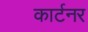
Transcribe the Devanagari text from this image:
कार्टनर